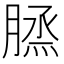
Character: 𦞪